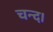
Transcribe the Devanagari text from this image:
चन्‍द।